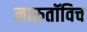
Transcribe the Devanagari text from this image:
नारुतॉविच